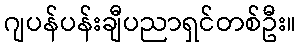
ဂျပန်ပန်းချီပညာရှင်တစ်ဦး။